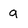
Character: a